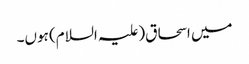
میں اسحاق(علیہ السلام) ہوں۔